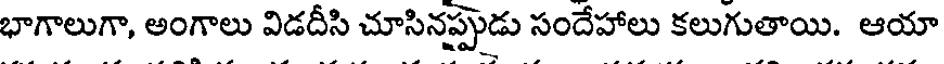
భాగాలుగా, అంగాలు విడదీసి చూసినప్పుడు సందేహాలు కలుగుతాయి. ఆయా